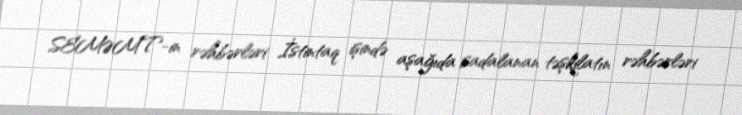
SEMƏMT-in rəhbərləri İstintaq işində aşağıda sadalanan təşkilatın rəhbərləri